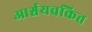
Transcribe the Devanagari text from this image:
आर्श्चयचकित